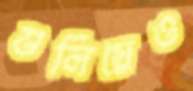
গুলিয়েও